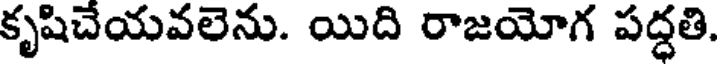
కృషిచేయవలెను. యిది రాజయోగ పద్ధతి.